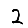
Digit: 2